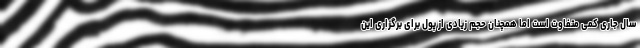
سال جاری کمی متفاوت است اما همچنان حجم زیادی از پول برای برگزاری این